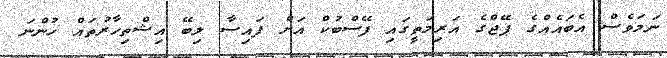
ނަމަވެސް އެބައެއްގެ ޕޭޖްގެ އަރިމަތީގައި ފޭސްބުކް އަށް ފައިސާ ލިބޭ އިޝްތިހާރުތައް ހުންނަ